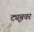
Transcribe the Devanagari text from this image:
ट्यूबवर